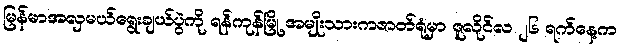
မြန်မာအလှမယ်ရွေးချယ်ပွဲကို ရန်ကုန်မြို့ အမျိုးသားကဇာတ်ရုံမှာ ဇူလိုင်လ ၂၆ ရက်နေ့က